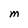
Character: M